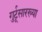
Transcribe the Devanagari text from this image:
गुर्टूसारख्या